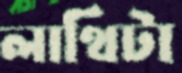
লাথিটা